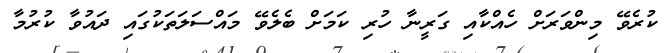
ކުރެވޭ މިންވަރަށް ހެއްކާއި ގަރީނާ ހުރި ކަމަށް ބެލެވޭ މައްސަލަތަކުގައި ދައުވާ ކުރުމާ